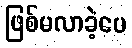
ဖြစ်မလာခဲ့ပေ